Report on enteric fever
Disease focus: Fever
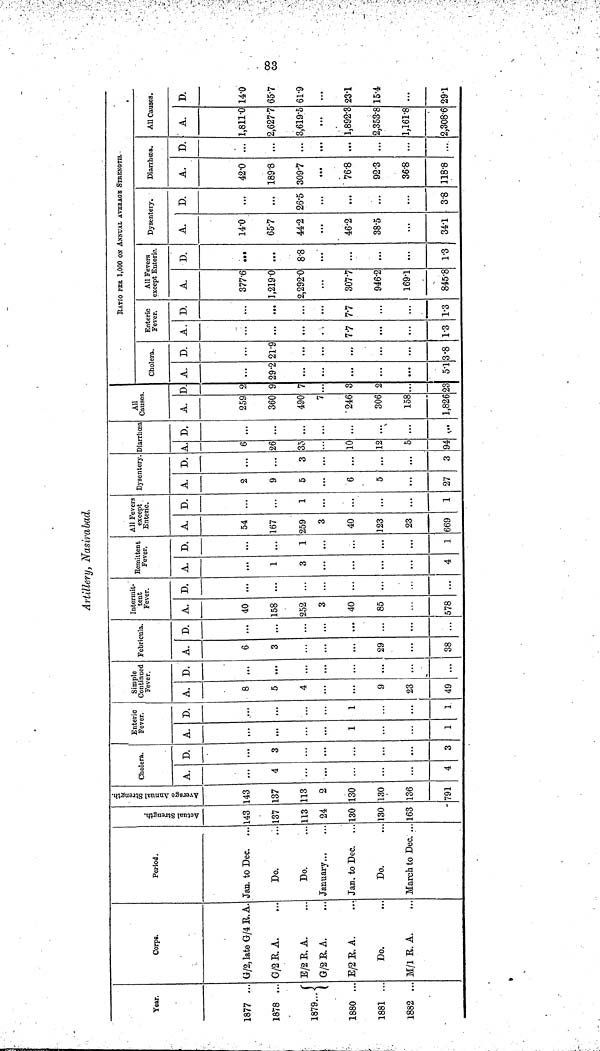
83
Artillery, Nasirabad.
Year.
1877 ...
1878 ...
1879...
1880 ...
1881 ...
1882 ...
Corps.
G/2, late G/4 R.A.
G/2R.A.
E/2 R. A.
G/2 R. A.
E/2 R. A.
Do.
M/l R. A.
Period.
Jan. to Dec.
Do.
Do.
January
Jan. to Dec.
Do.
March to Dec. ..
Actual Strength.
143
137
113
24
130
130
163
Average Annual Strength.
143
137
113
2
130
130
136
791
Cholera.
A.
4
4
D.
3
...
3
Enteric
Fever.
A.
...
1
1
D.
...
1
1
Simple
Continued
Fever.
A.
8
5
4
9
23
49
D.
...
...
...
...
Febricula.
A.
6
3
...
29
38
D.
...
...
...
...
Intermit-
tent
Fever.
A.
40
158
252
3
40
85
578
D.
...
...
...
...
...
...
Remittent
Fever.
A.
1
3
...
...
...
4
D.
...
1
...
...
...
1
All Fevers
except
Enteric.
A.
54
167
259
3
40
123
23
669
D.
...
1
...
...
1
Dysentery.
A.
2
9
5
6
5
27
D.
...
3
...
...
3
Diarrhœa
A.
6
26
35
10
12
5
94
D.
...
...
...
...
...
All
Causes.
A.
259
360
490
7
246
306
158
1,826
D.
2
9
7
3
2
23
RATIO PER 1,000 ON ANNUAL AVERAGE STRENGTH.-
Cholera.
A.
29.2
...
5.1
D.
21.9
...
3.8
Enteric
Fever.
A.
...
7.7
1.3
D.
...
7.7
1.3
All Fevers
except Enteric.
A.
377.6
1,219.0
2,292.0
307.7
946.2
1691
845.8
D.
...
...
8.8
...
...
...
1.3
Dysentery.
A.
14.0
65.7
44.2
46.2
38.5
...
34.1
D.
...
26.5
...
...
...
3.8
Diarrhœa.
A.
42.0
189.8
309.7
76.8
92.3
36.8
118.8
D.
...
...
...
...
...
...
All Causes.
A.
1,811.0
2,627.7
3,619.5
1,892.3
2,353.8
1,161.8
2,308.6
D.
14.0
65.7
61.9
23.1
15.4
...
29.1